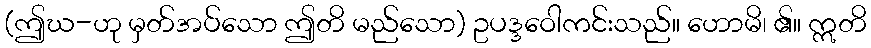
(ဤဃ-ဟု မှတ်အပ်သော ဤတိ မည်သော) ဥပဒ္ဒဝေါကင်းသည်။ ဟောမိ၊ ၏။ ဣတိ